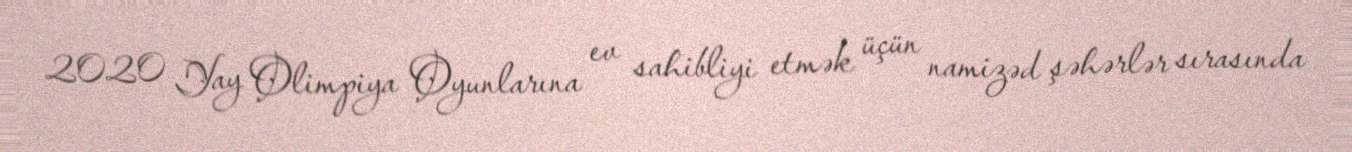
2020 Yay Olimpiya Oyunlarına ev sahibliyi etmək üçün namizəd şəhərlər sırasında